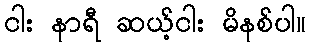
ငါး နာရီ ဆယ့်ငါး မိနစ်ပါ။